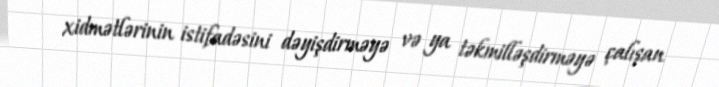
xidmətlərinin istifadəsini dəyişdirməyə və ya təkmilləşdirməyə çalışan